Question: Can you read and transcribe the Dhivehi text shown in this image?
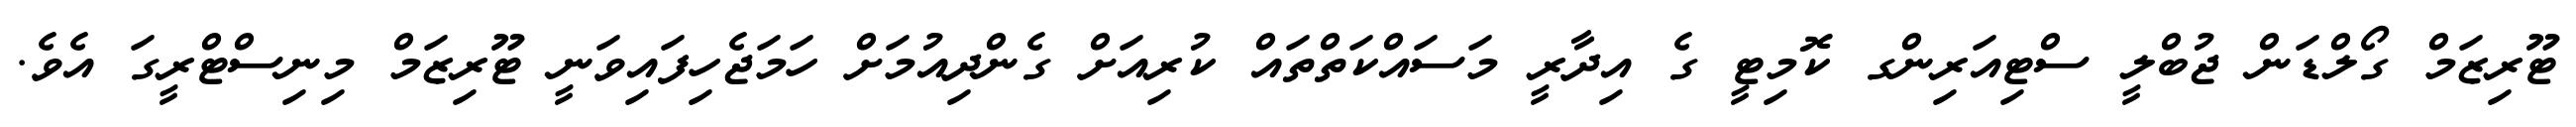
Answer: ޓޫރިޒަމް ގޯލްޑަން ޖުބްލީ ސްޓިއަރިންގ ކޮމިޓީ ގެ އިދާރީ މަސައްކަތްތައް ކުރިއަށް ގެންދިއުމަށް ހަމަޖެހިފައިވަނީ ޓޫރިޒަމް މިނިސްޓްރީގަ އެވެ.